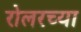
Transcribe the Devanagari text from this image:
रोलरच्या